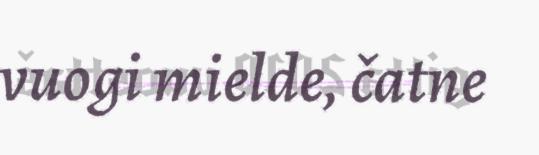
vuogi mielde, čatne